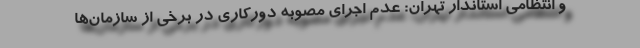
و انتظامی استاندار تهران: عدم اجراي مصوبه دورکاري در برخي از سازمان‌ها